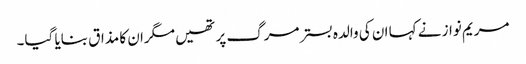
مریم نواز نے کہا ان کی والدہ بسترمرگ پر تھیں مگران کا مذاق بنایا گیا۔